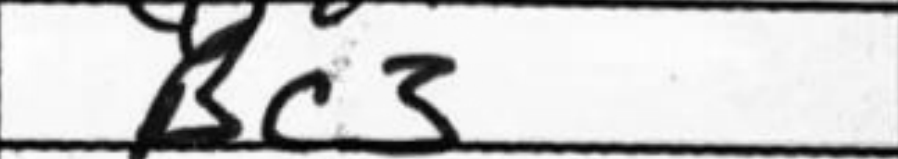
Transcription: Bc3